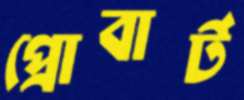
প্রোবার্ট